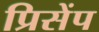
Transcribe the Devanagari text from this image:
प्रिसेंप